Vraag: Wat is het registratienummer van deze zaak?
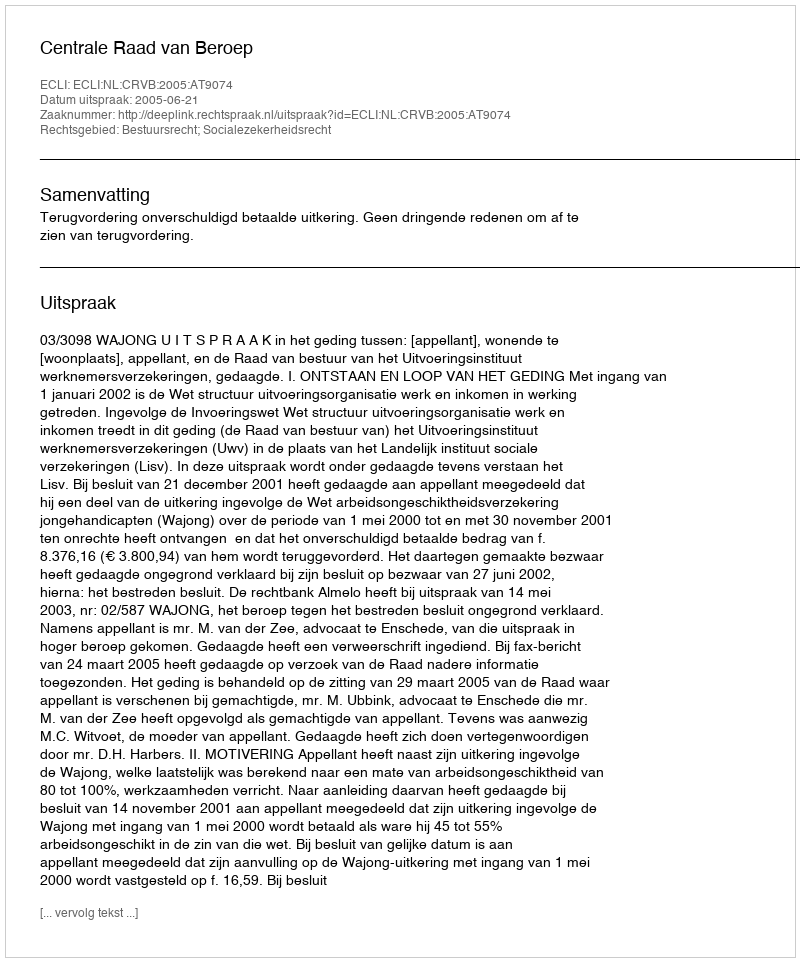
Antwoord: http://deeplink.rechtspraak.nl/uitspraak?id=ECLI:NL:CRVB:2005:AT9074